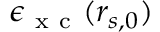
\epsilon _ { \mathrm { ~ x ~ c ~ } } ( r _ { s , 0 } )